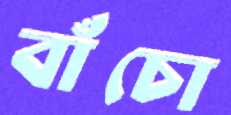
বাঁচো